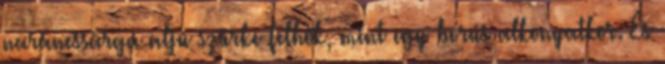
narancssárga aljú szürke felhők, mint egy borús alkonyatkor. És